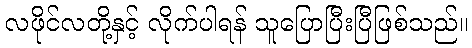
လဖိုင်လတို့နှင့် လိုက်ပါရန် သူပြောပြီးပြီဖြစ်သည်။